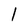
Character: 1